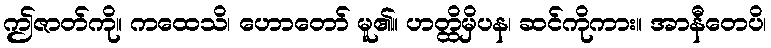
ဤဇာတ်ကို။ ကထေသိ၊ ဟောတော် မူ၏။ ဟတ္ထိမှိပန၊ ဆင်ကိုကား။ အာနီတေပိ၊